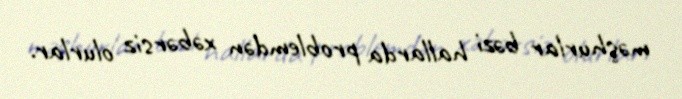
məşhurlar bəzi hallarda problemdən xəbərsiz olurlar.